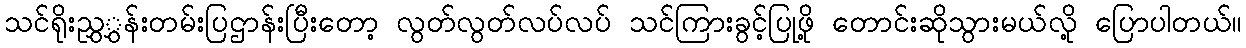
သင်ရိုးညွှွှန်းတမ်းပြဌာန်းပြီးတော့ လွတ်လွတ်လပ်လပ် သင်ကြားခွင့်ပြုဖို့ တောင်းဆိုသွားမယ်လို့ ပြောပါတယ်။